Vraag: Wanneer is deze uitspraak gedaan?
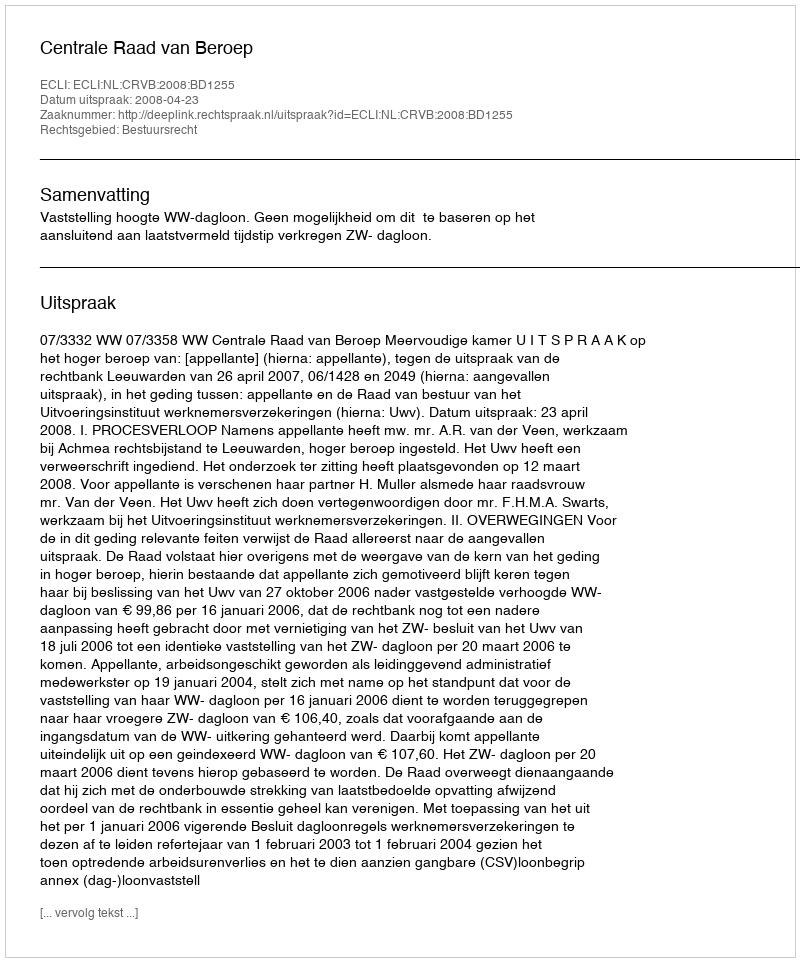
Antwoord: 2008-04-23